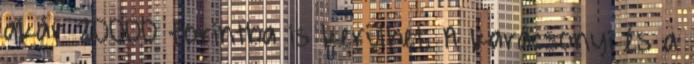
akár 20000 forintba is kerülhet. A karácsonyi és a